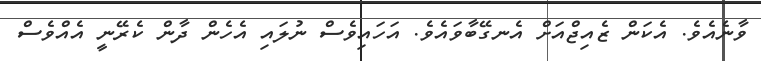
ވާނެއެވެ. އެކަން ޒެއިޖްއަށް އެނގޭބާވައެވެ. އަހައިވެސް ނުލައި އެހެން ދާން ކެރޭނީ އެއްވެސް